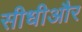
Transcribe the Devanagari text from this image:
सीधीऔर